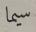
سيما